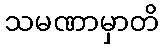
သမဏာမှာတိ